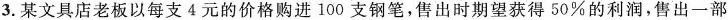
3.某文具店老板以每支4元的价格购进100支钢笔，售出时期望获得50\%的利润，售出一部